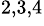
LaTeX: ^{2,3,4}